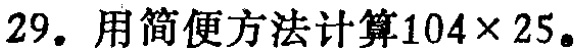
29. 用简便方法计算$104\times 25$。